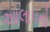
આલાપનો